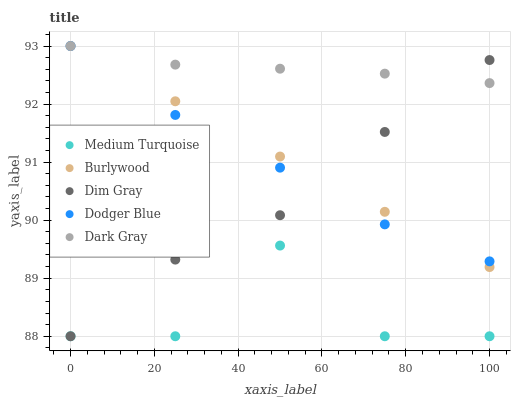
| xaxis_label | Medium Turquoise | Burlywood | Dim Gray | Dodger Blue | Dark Gray |
 | --- | --- | --- | --- | --- | --- |
 | 0 | 88 | 93 | 88 | 93 | 93 |
 | 25 | 88 | 92 | 89.3 | 91.8 | 92.7 |
 | 50 | 89.6 | 91.1 | 90.1 | 90.9 | 92.6 |
 | 75 | 88 | 90.1 | 91.5 | 89.9 | 92.5 |
 | 100 | 88 | 89.2 | 92.8 | 89.3 | 92.4 |